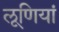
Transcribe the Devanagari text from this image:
लूणियां